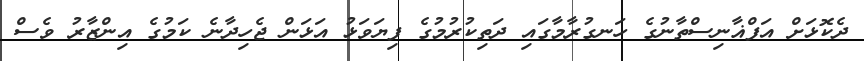
ދެކޮޅަށް އަފްޣާނިސްތާނުގެ ހަނގުރާމާގައި ދަތިކުރުމުގެ ފިޔަވަޅު އަޅަން ޖެހިދާނެ ކަމުގެ އިންޒާރު ވެސް